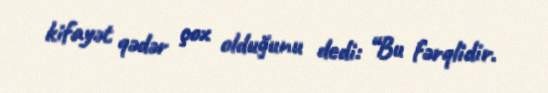
kifayət qədər çox olduğunu dedi: “Bu fərqlidir.